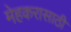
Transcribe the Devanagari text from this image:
मेहकरासाठी